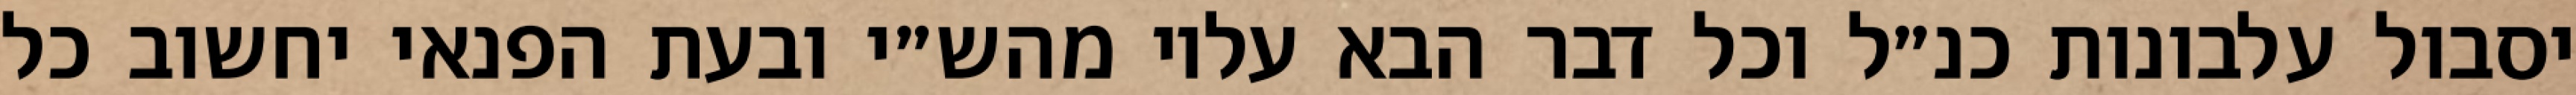
יסבול עלבונות כנ״ל וכל דבר הבא עליו מהש״י ובעת הפנאי יחשוב כל